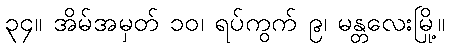
၃၄။ အိမ်အမှတ် ၁၀၊ ရပ်ကွက် ၉၊ မန္တလေးမြို့။